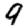
Digit: 9